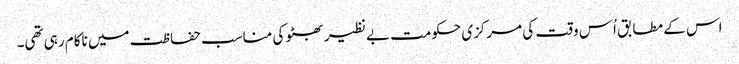
اس کے مطابق اُس وقت کی مرکزی حکومت بے نظیر بھٹو کی مناسب حفاظت میں ناکام رہی تھی۔